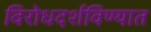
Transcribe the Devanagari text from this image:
विरोधदर्शविण्यात